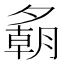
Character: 𪤾